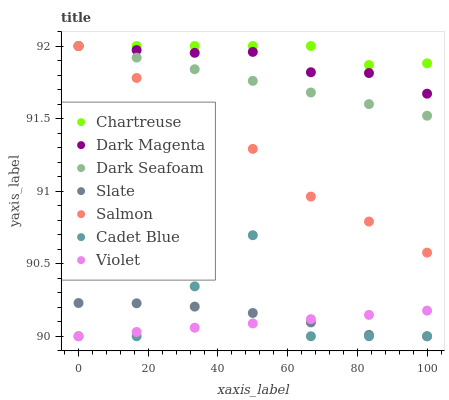
| xaxis_label | Chartreuse | Dark Magenta | Dark Seafoam | Slate | Salmon | Cadet Blue | Violet |
 | --- | --- | --- | --- | --- | --- | --- | --- |
 | 0 | 92 | 92 | 92 | 90.2 | 92 | 90 | 90 |
 | 16.7 | 92 | 92 | 91.9 | 90.2 | 91.8 | 90 | 90 |
 | 33.3 | 92 | 92 | 91.8 | 90.2 | 91.4 | 90.3 | 90.1 |
 | 50 | 92 | 92 | 91.8 | 90.2 | 91.3 | 90.7 | 90.1 |
 | 66.7 | 92 | 91.8 | 91.7 | 90.1 | 91 | 90 | 90.1 |
 | 83.3 | 91.9 | 91.8 | 91.6 | 90 | 90.8 | 90 | 90.1 |
 | 100 | 91.9 | 91.7 | 91.5 | 90 | 90.6 | 90 | 90.2 |